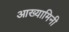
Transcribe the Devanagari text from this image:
आख्यामिनी